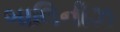
બાલિનીઝ